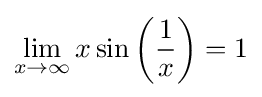
\lim _{x\to \infty }x\sin \left({\frac {1}{x}}\right)=1